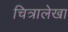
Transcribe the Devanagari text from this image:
चित्रालेखा